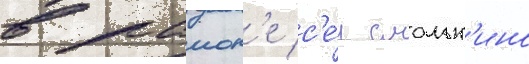
в раион'е с'е́л смольк'ино